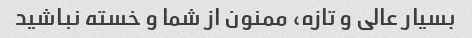
بسیار عالی و تازه، ممنون از شما و خسته نباشید